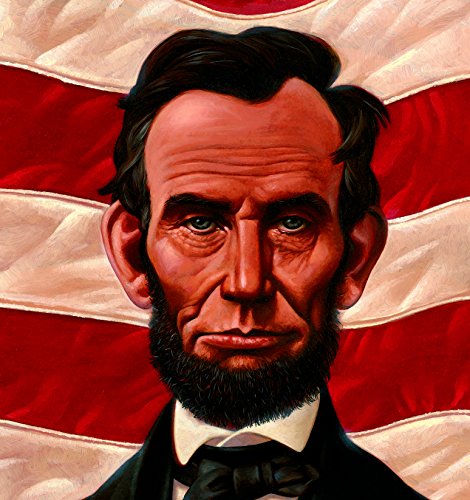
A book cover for Abe's Honest Words: The Life of Abraham Lincoln (Big Words); Doreen Rappaport; Children's Books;